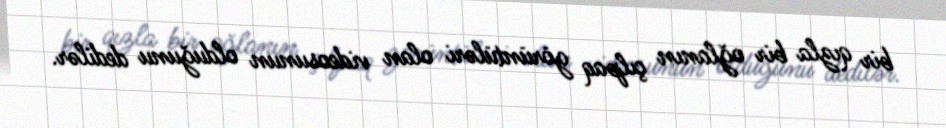
bir qızla bir oğlanın çılpaq görüntüləri olan videosunun olduğunu dedilər.